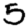
Digit: 5